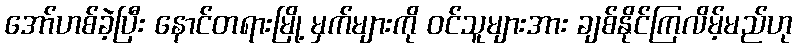
အော်ဟစ်ခဲ့ပြီး နောင်တရားမြို့ မှက်များကို ဝင်သူများအား ချစ်နိုင်ကြလိမ့်မည်ဟု